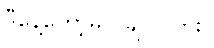
ဒီနေ့တော့မလိုချင်ပါဘူး။